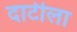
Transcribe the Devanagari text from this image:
दाटीला